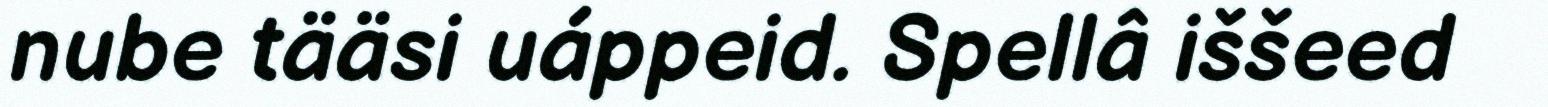
nube tääsi uáppeid. Spellâ iššeed